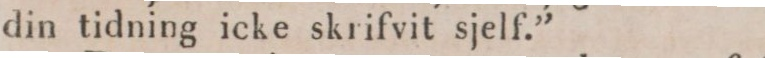
din tidning icke skrifvit sjelf.”